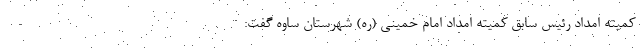
کمیته امداد رئیس سابق کمیته امداد امام خمینی (ره) شهرستان ساوه گفت: